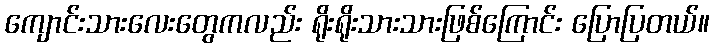
ကျောင်းသားလေးတွေကလည်း ရိုးရိုးသားသားဖြစ်ကြောင်း ပြောပြတယ်။